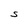
Character: S